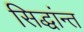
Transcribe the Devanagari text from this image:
सिद्धांन्त